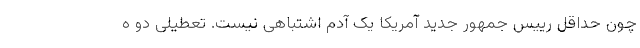
چون حداقل رییس جمهور جدید آمریکا یک آدم اشتباهی نیست. تعطیلی دو ه